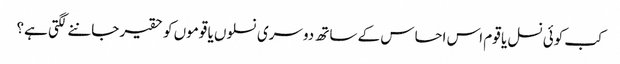
کب کوئی نسل یا قوم اس احساس کے ساتھ دوسری نسلوں یا قوموں کو حقیر جاننے لگتی ہے؟